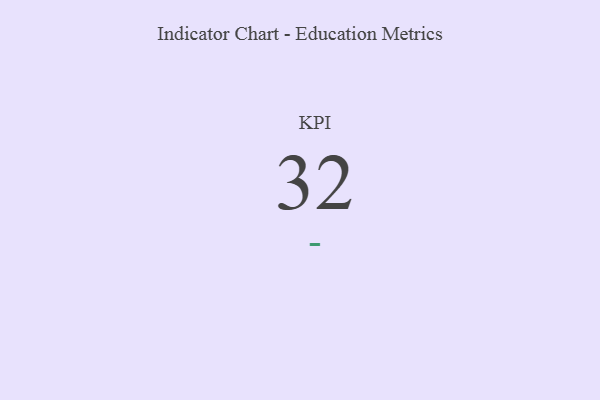
{"axis": {"x": "KPI", "y": "Value"}, "legend": [""], "data": [{"x": "KPI", "y": 32, "type": ""}]}